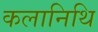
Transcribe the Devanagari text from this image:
कलानिथि